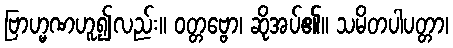
ဗြာဟ္မဏဟူ၍လည်း။ ဝတ္တဗ္ဗော၊ ဆိုအပ်၏။ သမိတပါပတ္တာ၊